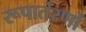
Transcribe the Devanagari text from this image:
रूपातंरणों